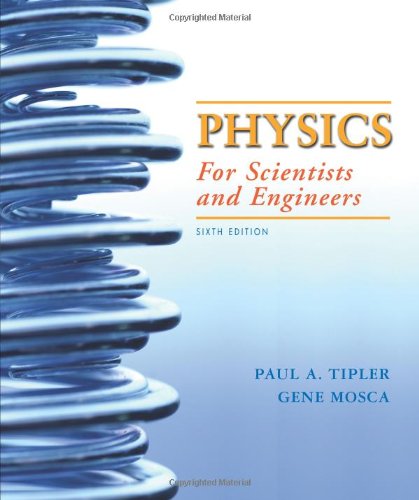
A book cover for Physics for Scientists and Engineers, 6th Edition; Paul A. Tipler; Medical Books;